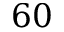
6 0